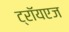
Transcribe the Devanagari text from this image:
ट्रॉयएज